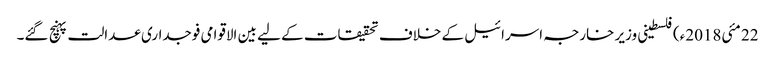
22 مئی2018ء) فلسطینی وزیر خارجہ اسرائیل کے خلاف تحقیقات کے لیے بین الاقوامی فوجداری عدالت پہنچ گئے۔